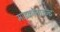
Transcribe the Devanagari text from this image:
माइक्रोनाइज्ड